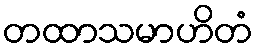
တထာသမာဟိတံ